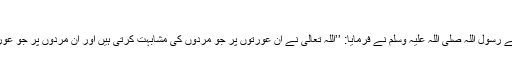
(84) جنس مخالف کی مشابہت کرنا:
عبد اللہ بن عباس رضی اللہ عنہما سے روایت ہے رسول اللہ صلی اللہ علیہ وسلم نے فرمایا: ’’اللہ تعالیٰ نے ان عورتوں پر جو مردوں کی مشابہت کرتی ہیں اور ان مردوں پر جو عورتوں کی مشابہت کرتے ہیں لعنت فرمائی ہے‘‘۔